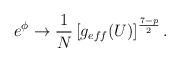
\begin{align*}e^\phi \rightarrow \frac{1}{N} \left[g_{eff} (U)\right]^{\frac{7-p}{2}}.\end{align*}